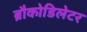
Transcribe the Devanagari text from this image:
ब्रौकोडिलेटर